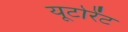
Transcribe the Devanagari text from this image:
यूटोरेंट